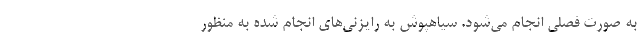
به صورت فصلی انجام می‌شود. سیاهپوش به رایزنی‌های انجام شده به منظور